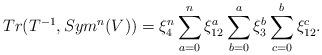
LaTeX: \begin{align*}Tr(T^{-1}, Sym^n(V)) &= \xi_{4}^{n} \sum_{a=0}^n \xi_{12}^{a} \sum_{b=0}^a \xi_{3}^{b} \sum_{c=0}^b \xi_{12}^{c}. \end{align*}